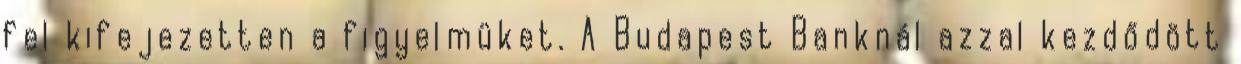
fel kifejezetten a figyelmüket. A Budapest Banknál azzal kezdődött